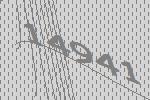
14941